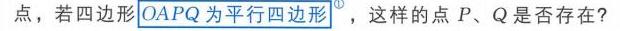
点，若四边形\(OAPQ\)为平行四边形<sup>\textcircled{1}</sup>，这样的点\(P、Q\)是否存在？